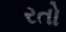
રતો